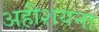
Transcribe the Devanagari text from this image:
अहीशयना